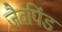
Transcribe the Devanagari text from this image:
जैवपिंड